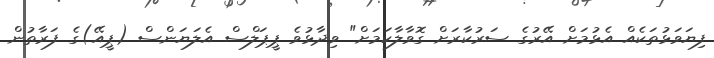
ފިޔަވަޅުތަކެއް އެޅުމަށް އޭރުގެ ސަރުކާރަށް ގޮވާލާކަމަށް" ވިދާޅުވެ ޕީޕަލްސް އެލަޔަންސް (ޕީއޭ)ގެ ފަރާތުން